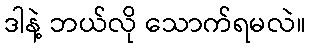
ဒါနဲ့ ဘယ်လို သောက်ရမလဲ။